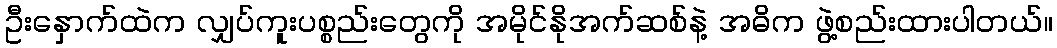
ဦးနှောက်ထဲက လျှပ်ကူးပစ္စည်းတွေကို အမိုင်နိုအက်ဆစ်နဲ့ အဓိက ဖွဲ့စည်းထားပါတယ်။